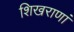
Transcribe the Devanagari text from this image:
शिखराणां